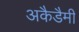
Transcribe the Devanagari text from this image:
अकैडैमी